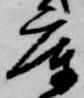
庫